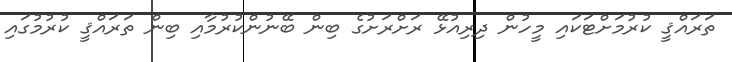
ތަރައްޤީ ކުރުމަށްޓަކައި މީހުން ދިރިއުޅޭ ރަށްރަށުގެ ބިން ބޭނުންކުރުމާއި ބިން ތަރައްޤީ ކުރުމުގައި